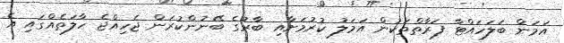
އަމަން ބަލަހައްޓާ ފަރާތްތަކުން އަމަލު ކުރުމަށާއި ބާރުގެ ބޭނުންކުރަން ޖެހިއްޖެ ހާލަތެއްގައި އެ